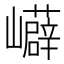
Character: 𭗳